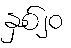
နှစ်၂၀